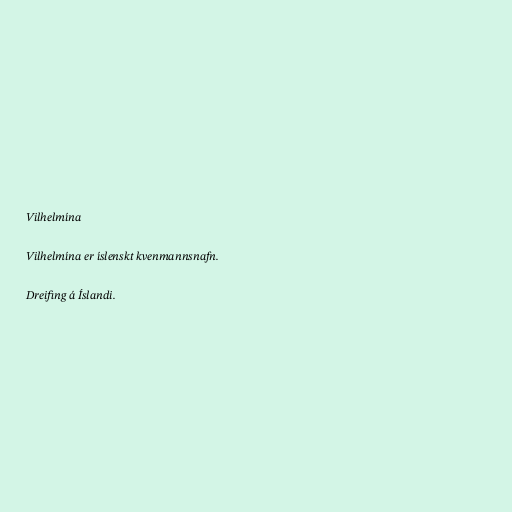
Vilhelmína

Vilhelmína er íslenskt kvenmannsnafn.

Dreifing á Íslandi.